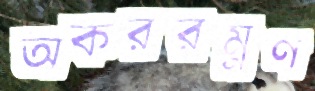
অকররম্নণ